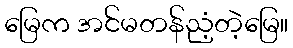
မြေက အင်မတန်ညံ့တဲ့မြေ။